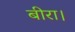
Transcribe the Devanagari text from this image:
बीरा।